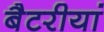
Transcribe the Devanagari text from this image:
बैटरीयां